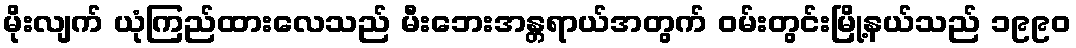
မိုးလျက် ယုံကြည်ထားလေသည် မီးဘေးအန္တရာယ်အတွက် ဝမ်းတွင်းမြို့နယ်သည် ၁၉၉၀